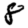
Digit: 8